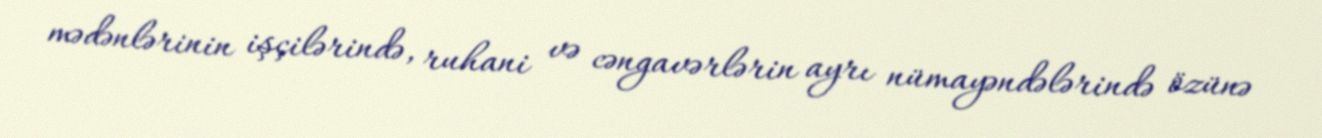
mədənlərinin işçilərində, ruhani və cəngavərlərin ayrı nümayəndələrində özünə